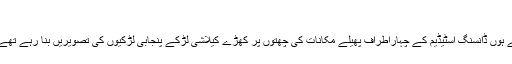
“
رابرٹ کی جاپانی آنکھیں مچ گئیں جیسے فرزین کے مختلف پوزز کے کئی رول اندر ہی اندر لپٹ گئے ہوں ڈانسنگ اسٹیڈیم کے چہاراطراف پھیلے مکانات کی چھتوں پر کھڑے کیلاشی لڑکے پنجابی لڑکیوں کی تصویریں بنا رہے تھے اور پنجابی لڑکے کیلاشی لڑکیوں کے ایک ایک پوز کو بااندازِ ہزار محفوظ کیے چلے جا رہے تھے۔